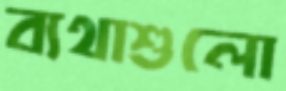
ব্যথাশুলো